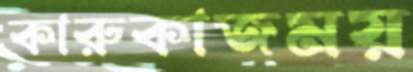
কারুকাজময়